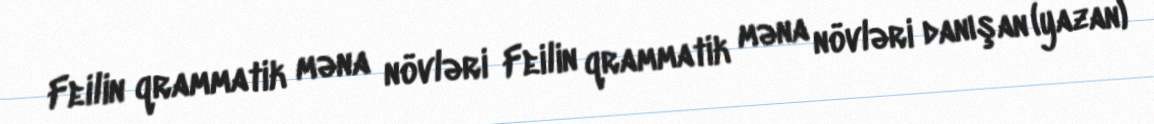
Feilin qrammatik məna növləri Feilin qrammatik məna növləri danışan (yazan)